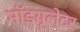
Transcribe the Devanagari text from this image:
मॉडय़ूलेटर